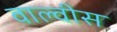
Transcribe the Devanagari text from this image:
वाल्वीस